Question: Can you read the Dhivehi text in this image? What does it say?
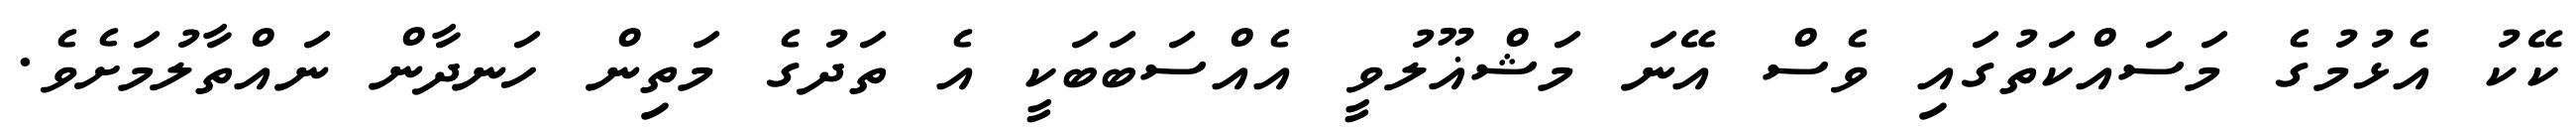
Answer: ކޭކު އެޅުމުގެ މަސައްކަތުގައި ވެސް އޭނަ މަޝްޣޫލުވީ އެއްސަބަބަކީ އެ ތަދުގެ މަތިން ހަނދާން ނައްތާލުމަށެވެ.